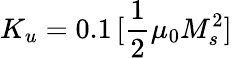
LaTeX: K_{u}=0.1\, [\frac{1}{2}\mu_{0}M_{s}^{2}]